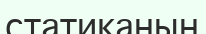
статиканың